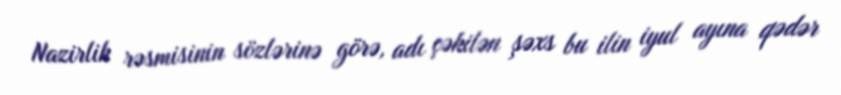
Nazirlik rəsmisinin sözlərinə görə, adı çəkilən şəxs bu ilin iyul ayına qədər